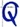
Text: Q